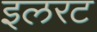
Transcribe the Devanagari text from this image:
इलरट